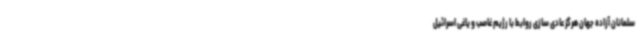
سلمانان آزاده جهان هرگز عادی سازی روابط با رژیم غاصب و یاغی اسرائیل